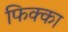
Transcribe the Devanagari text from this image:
फिक्का